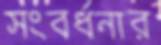
সংবর্ধনার